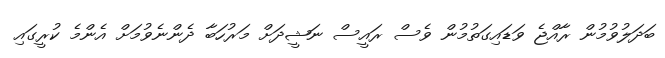
ބަދަލުވުމުން ރާއްޖެ ވަޑައިގަތުމުން ވެސް ރައީސް ނަޝީދަށް މަރުހަބާ ދެންނެވުމަށް އެންމެ ކުރީގައި